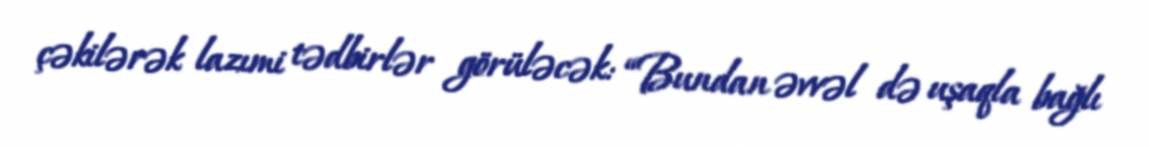
çəkilərək lazımi tədbirlər görüləcək: “Bundan əvvəl də uşaqla bağlı